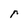
Character: r